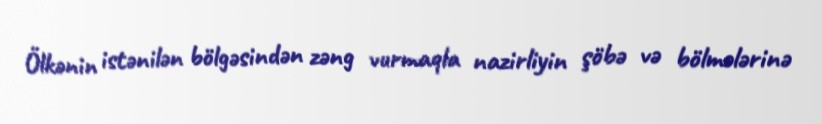
Ölkənin istənilən bölgəsindən zəng vurmaqla nazirliyin şöbə və bölmələrinə